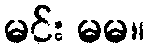
မင်း မမ။